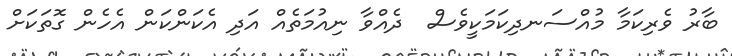
ބާރު ވެރިކަމާ މުއްސަނދިކަމަކީވެސް  ދެއްވާ ނިއުމަތެއް އަދި އެކަންކަން އެހެން ގޮތަކަށް